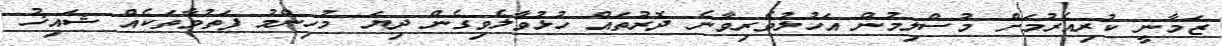
ޒަމާނީ ކުރިއެރުމަށް މުސްލިމުން އަހުލުވެރިވާނެ ދޮރުތައް ހުޅުވާލެވިގެން ދިޔަ މުހިންމު ފަތުވާތަކެއް ޝައިޚު